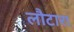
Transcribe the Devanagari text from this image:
लौटारा